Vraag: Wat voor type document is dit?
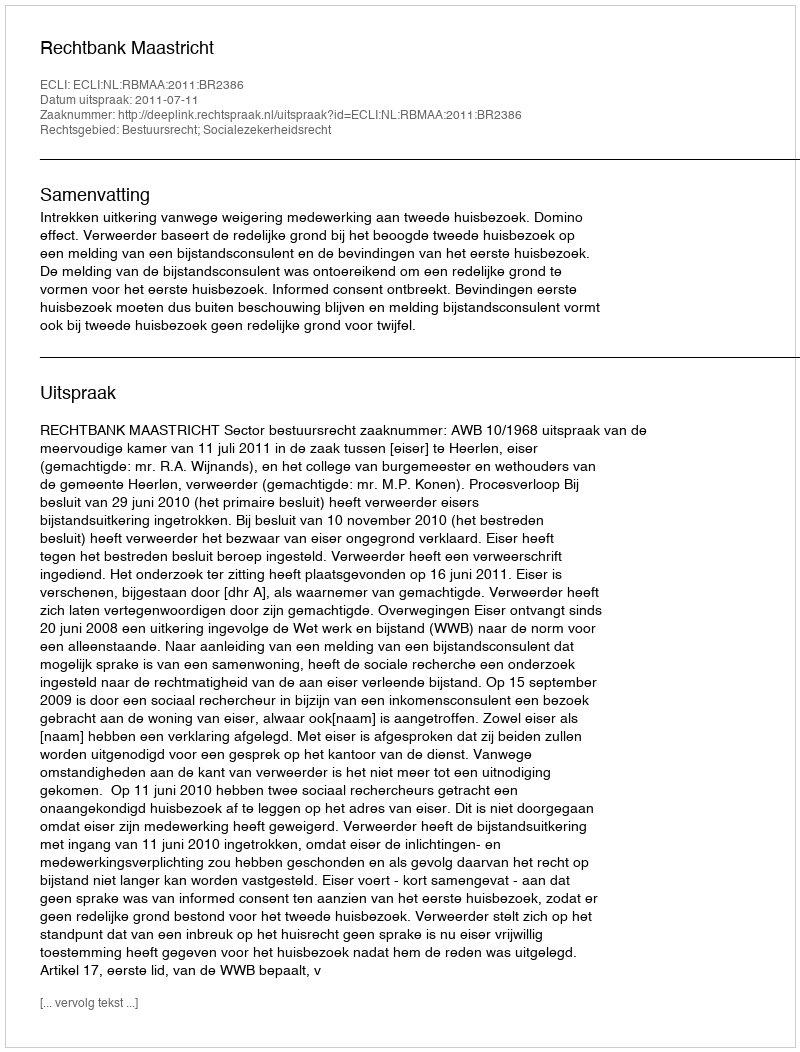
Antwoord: Uitspraak